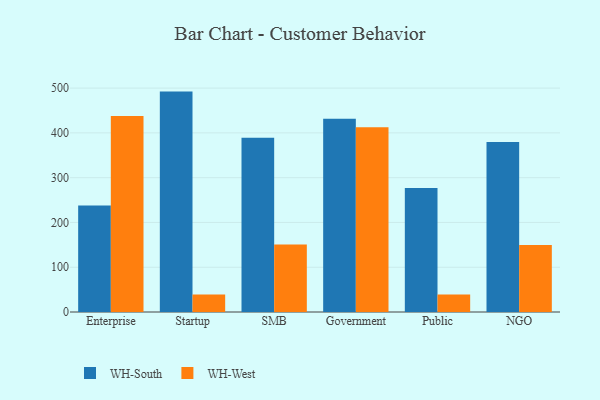
{"axis": {"x": "Segment", "y": "Revenue (USD Million)"}, "legend": ["WH-South", "WH-West"], "data": [{"x": "Enterprise", "y": 237.8, "type": "WH-South"}, {"x": "Enterprise", "y": 437.5, "type": "WH-West"}, {"x": "Startup", "y": 492.2, "type": "WH-South"}, {"x": "Startup", "y": 39.1, "type": "WH-West"}, {"x": "SMB", "y": 389.0, "type": "WH-South"}, {"x": "SMB", "y": 150.7, "type": "WH-West"}, {"x": "Government", "y": 431.7, "type": "WH-South"}, {"x": "Government", "y": 412.5, "type": "WH-West"}, {"x": "Public", "y": 276.7, "type": "WH-South"}, {"x": "Public", "y": 39.2, "type": "WH-West"}, {"x": "NGO", "y": 379.8, "type": "WH-South"}, {"x": "NGO", "y": 149.6, "type": "WH-West"}]}